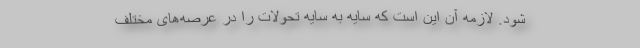
شود. لازمه‌ آن این است که سایه به سایه تحولات را در عرصه‌های مختلف